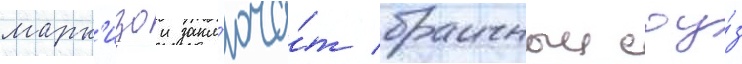
марк'изои закл'юча́т брачныи соу́з